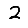
Digit: 2